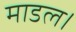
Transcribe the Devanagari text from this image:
माडल।